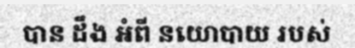
បាន ដឹង អំពី នយោបាយ របស់